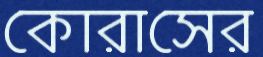
কোরাসের